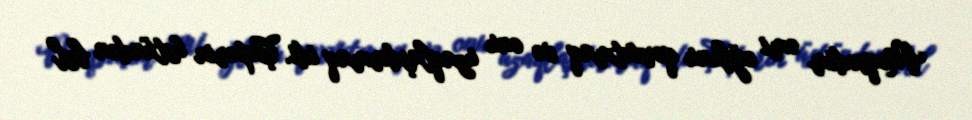
Məqsədim əmi oğlunu qorxutmaq və onu uzaqlaşdırmaq idi. Çəpərin üstündən bel